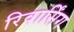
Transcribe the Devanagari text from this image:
रिवार्सिंग